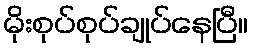
မိုးစုပ်စုပ်ချုပ်နေပြီ။